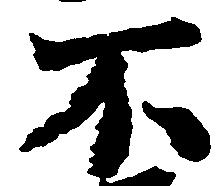
不